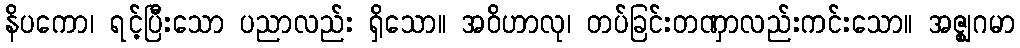
နိပကော၊ ရင့်ပြီးသော ပညာလည်း ရှိသော။ အဝိဟာလု၊ တပ်ခြင်းတဏှာလည်းကင်းသော။ အဇ္ဈဂမာ